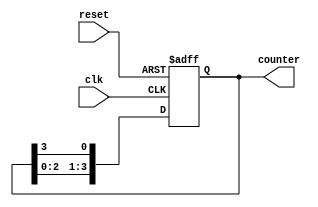
module ring_counter #(
    parameter N = 4  // Number of stages (flip-flops)
)(
    input wire clk,   // Clock signal
    input wire reset, // Asynchronous reset signal
    output reg [N-1:0] counter // Output state of the ring counter
);

// Asynchronous reset and counting logic
always @(posedge clk or posedge reset) begin
    if (reset) begin
        // Initialize the counter: set first flip-flop to '1' and others to '0'
        counter <= 1'b1;
    end else begin
        // Shift the '1' to the next stage
        counter <= {counter[N-2:0], counter[N-1]};
    end
end

endmodule